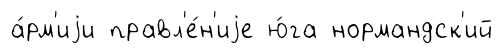
а́рм'иjи правл'е́н'иjе ю́га нормандск'ий